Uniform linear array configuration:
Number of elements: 64
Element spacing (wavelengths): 0.5
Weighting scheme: hann
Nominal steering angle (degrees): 45
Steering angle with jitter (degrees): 45.514
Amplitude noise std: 0.05
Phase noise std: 0.05

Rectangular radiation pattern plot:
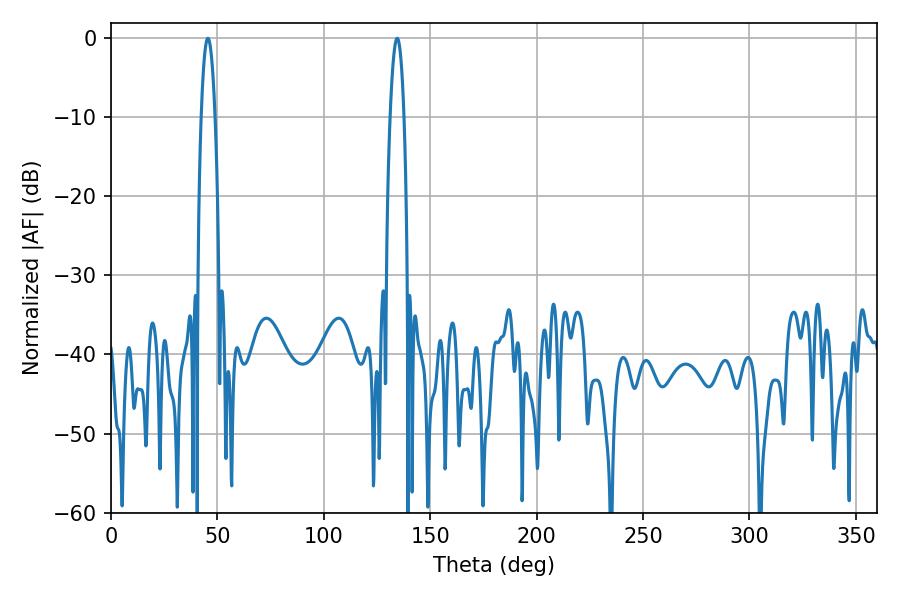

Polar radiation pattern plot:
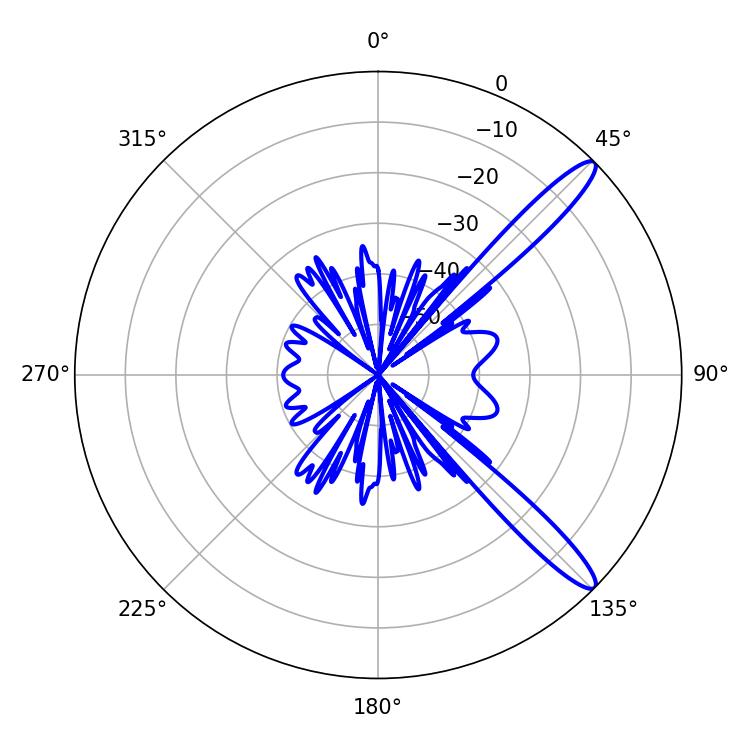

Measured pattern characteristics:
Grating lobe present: FALSE
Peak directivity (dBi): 13.123
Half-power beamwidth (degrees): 3.6
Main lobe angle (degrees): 45.54